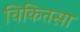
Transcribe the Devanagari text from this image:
चिकितसा